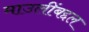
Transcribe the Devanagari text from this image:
माउलींबद्दल